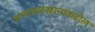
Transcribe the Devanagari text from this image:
अफजलखानाकडील